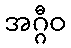
အဂ္ဂီဝ